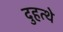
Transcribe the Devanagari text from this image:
दुहत्थे